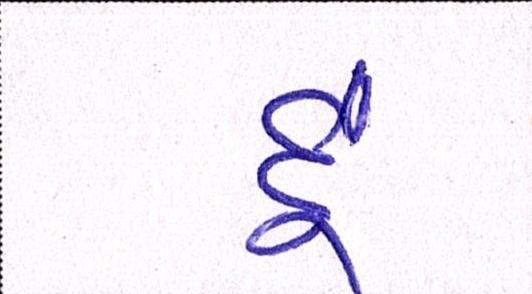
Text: દૂં